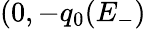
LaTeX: (0,-q_{0}(E_{-})